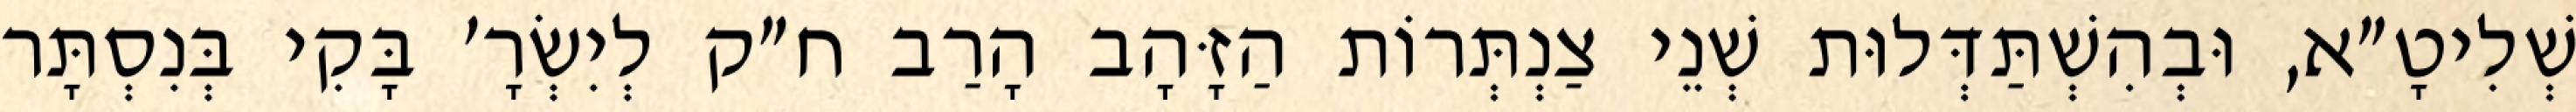
שְׁלִיטָ״א, וּבְהִשְׁתַּדְּלוּת שְׁנֵי צַנְתְּרוֹת הַזָּהָב הָרַב ח״ק לְיִשְׂרָ׳ בָּקִי בְּנִסְתָּר